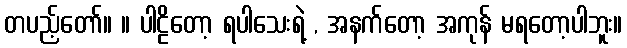
တပည့်တော်။ ။ ပါဠိတော့ ရပါသေးရဲ့ , အနက်တော့ အကုန် မရတော့ပါဘူး။